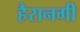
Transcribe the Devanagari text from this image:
हैरानगी